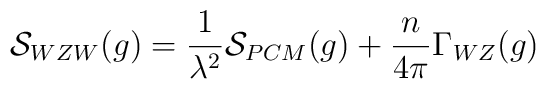
{\cal S}_{WZW}(g) = {1\over{\lambda^2}}{\cal S}_{PCM}(g)+{n\over{4\pi}}\Gamma_{WZ}(g)